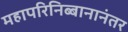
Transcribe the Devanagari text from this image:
महापरिनिब्बानानंतर